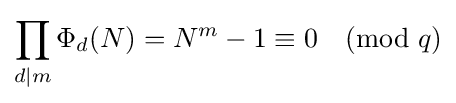
\prod _{d\mid m}\Phi _{d}(N)=N^{m}-1\equiv 0{\pmod {q}}